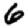
Digit: 6